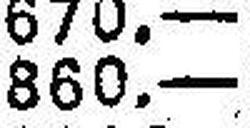
860.—